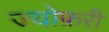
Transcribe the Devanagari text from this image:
ज्योफ़री